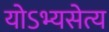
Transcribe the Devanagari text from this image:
योऽभ्यसेत्य